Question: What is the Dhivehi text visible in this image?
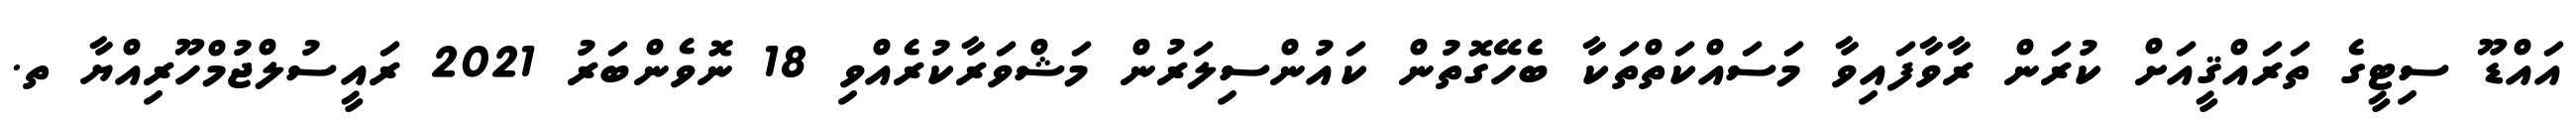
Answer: އައްޑޫ ސިޓީގެ ތަރައްޤީއަށް ކުރަން ރާވާފައިވާ މަސައްކަތްތަކާ ބެހޭގޮތުން ކައުންސިލަރުން މަޝްވަރާކުރެއްވި 18 ނޮވެންބަރު 2021 ރައީސުލްޖުމްހޫރިއްޔާ ތ.